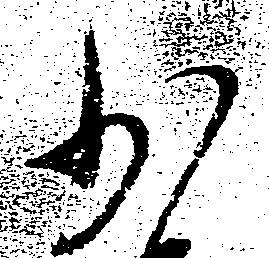
少